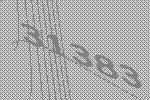
31383